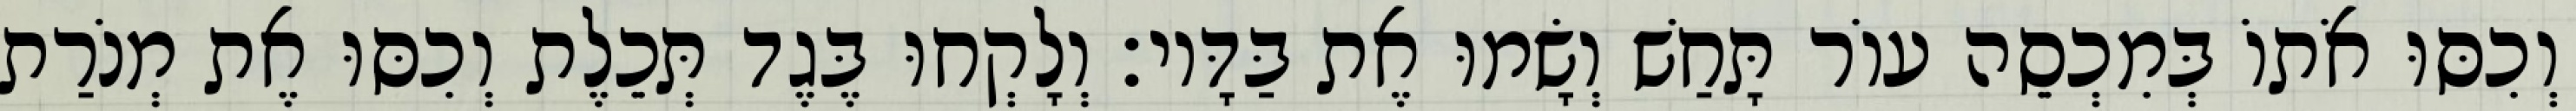
וְכִסּוּ אֹתוֹ בְּמִכְסֵה עוֹר תָּחַשׁ וְשָׂמוּ אֶת בַּדָּיו׃ וְלָקְחוּ בֶּגֶד תְּכֵלֶת וְכִסּוּ אֶת מְנֹרַת